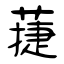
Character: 蓵